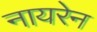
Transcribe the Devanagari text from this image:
नायरेन